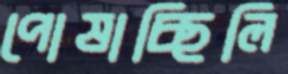
পোষাচ্ছিলি